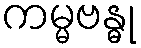
ကမ္မဗန္ဓု